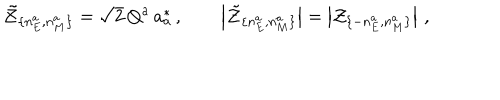
\tilde { \cal Z } _ { \{ n _ { E } ^ { a } , n _ { M } ^ { a } \} } = \sqrt { 2 } \, Q ^ { a } \, a _ { a } ^ { * } \, , \qquad \left| \tilde { \cal Z } _ { \{ n _ { E } ^ { a } , n _ { M } ^ { a } \} } \right| = \left| { \cal Z } _ { \{ - n _ { E } ^ { a } , n _ { M } ^ { a } \} } \right| \, ,